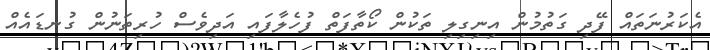
އެކަރުނަތައް ފޭދި ގަތުމުން އިނިގިލި ތަކުން ކޯތާފަތް ފުހެލާފައި އަދިވެސް ހުރިތަނުން ގުނޑައެއް